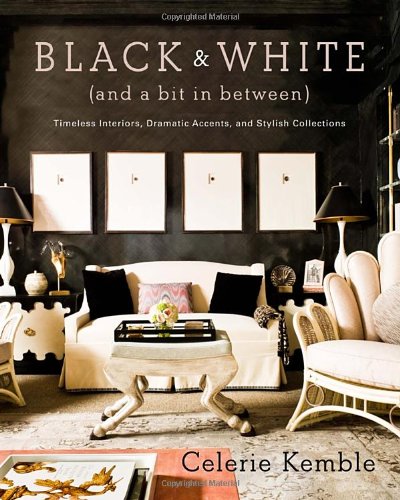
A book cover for Black and White (and a Bit in Between): Timeless Interiors, Dramatic Accents, and Stylish Collections; Celerie Kemble; Crafts, Hobbies & Home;